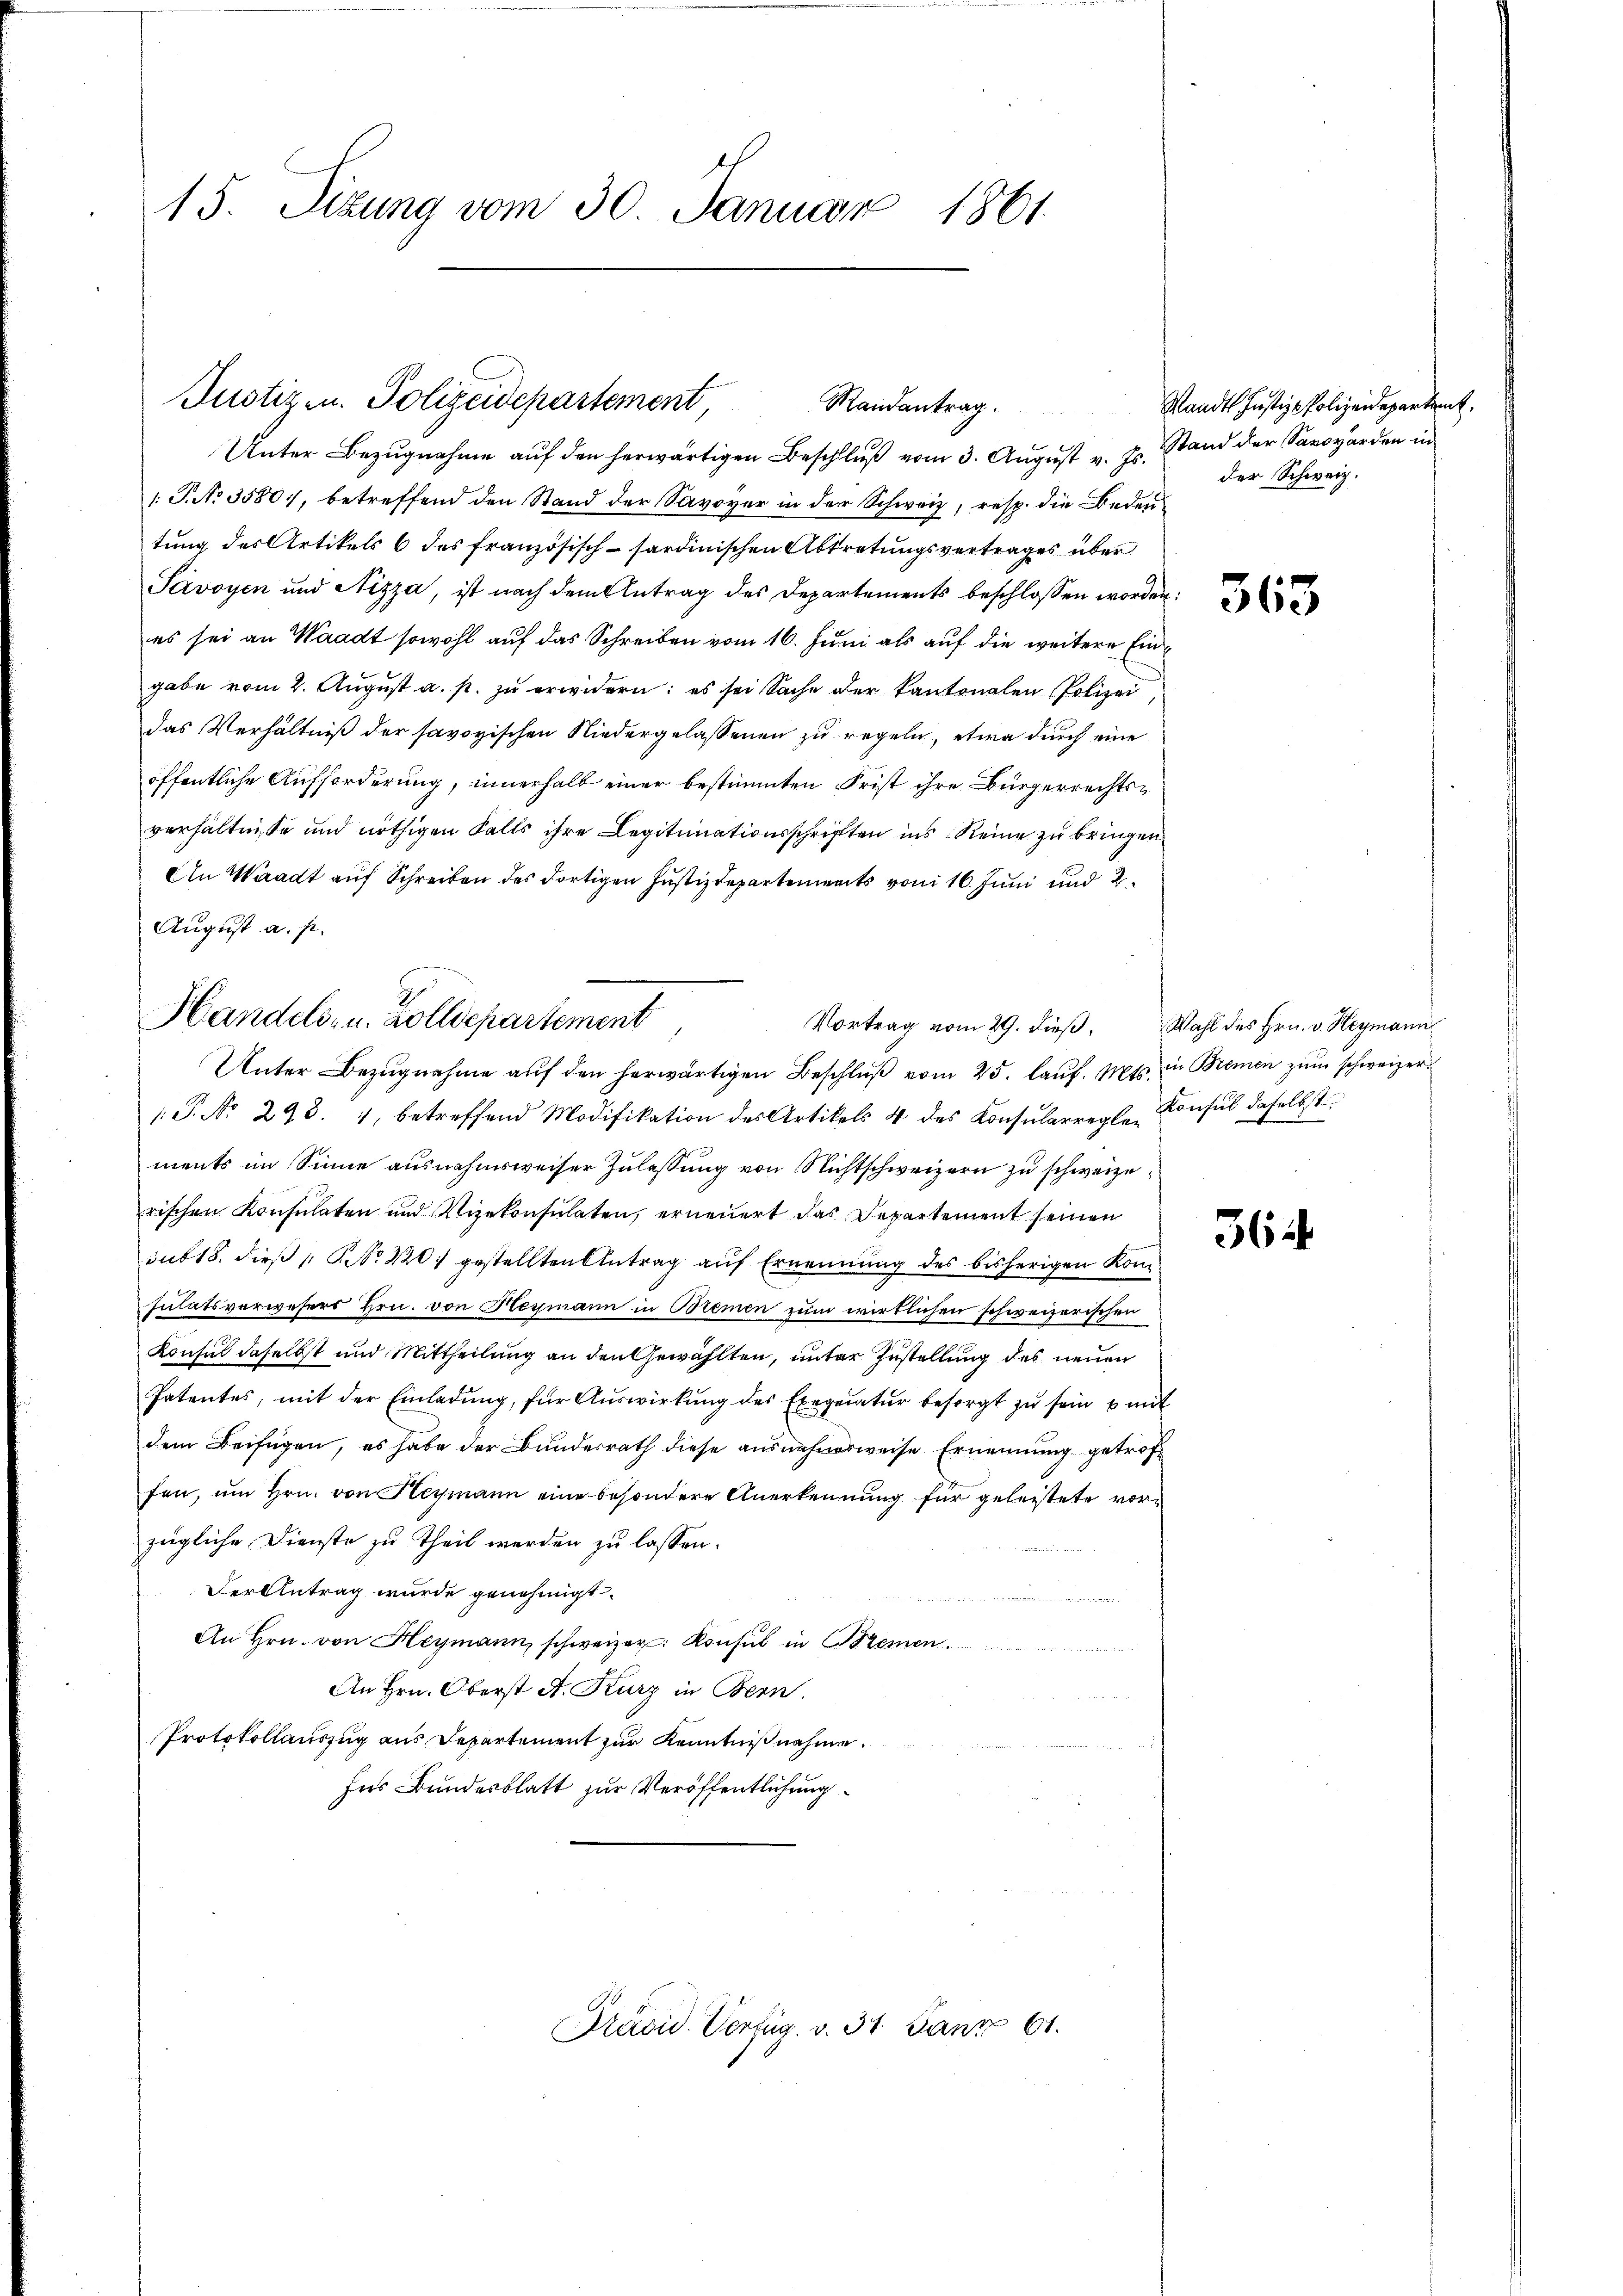
15. Sizung vom 30. Januar 1861

Justiz- u. Polizeidepartement
Randantrag.
Unter Bezugnahme auf den herwärtigen Beschluß vom 3. August v. Js. Stand der Sargarden in

1: P. No 3580), betreffend den Stand der Savoyer in der Schweiz, resp. die Bedeutung des Artikels 6 des französisch-sardinischen Abtretungsvertrages über
Savoyen und Nizza, ist nach dem Antrag des Departements beschlossen worden.
es sei an Waadt sowohl auf das Schreiben vom 16. Juni als auf die weitere Eingabe vom 2. August a. p. zu erwidern: es sei Sache der Kantonalen Polizei
das Verhältniß der savoyischen Niedergelassenen zu regeln, etwa durch eine
öffentliche Aufforderung, innerhalb einer bestimmten Frist ihre Bürgerrechtsverhältnisse und nöthigen Falls ihre Legitimationsschriften ins Reine zu bringen.
An Waadt auf Schreiben des dortigen Justizdepartements vom 16. Juni und 2
August a. p.
Handels- u. Zolldepartement

Vortrag vom 29. dieß. Wahl des Hrn. v. Heymann

Unter Bezugnahme auf den herwärtigen Beschluß vom 25. lauf. Mts. in Bremen zum schweizer
: P. No. 298. 4, betreffend Modifikation des Artikels 4 des Consularregle Consul daselbst
ments im Sinne ausnahmsweiser Zulassung von Nichtschweizern zu schweizerischen Konsulaten und Vizekonsulaten, erneuert das Departement seinen
sub 18. dieß NNo. 2207 gestellten Antrag auf Ernennung des bisherigen Komsulatsverwesers Hrn. von Heymann in Bremen zum wirklichen schweizerischen
Konsul daselbst und Mittheilung an den Gewählten, unter Zustellung des neuen
Patentes, mit der Einladung, für Auswirkung des Exequatur besorgt zu sein mit
dem Beifügen, es habe der Bundesrath diese ausnahmsweise Ernennung getroffen, ŭm Hrn. von Heymann eine besondere Anerkennung für geleistete vorzügliche Dienste zu theil werden zu lassen.
Der Antrag wurde genehmigt.
An Hrn. von Heymann, schweizer Konsul in Bremen
An Hrn. Oberst A. Kurz in Bern.
Protokollauszug aus Departement zur Kenntnißnahme.
Ins Bundesblatt zur Veröffentlichung
Prävid. Verfüg. v. 31. Janz 61.

Waadt Justiz - Polizeidepartet,
der Schweiz.

363

364